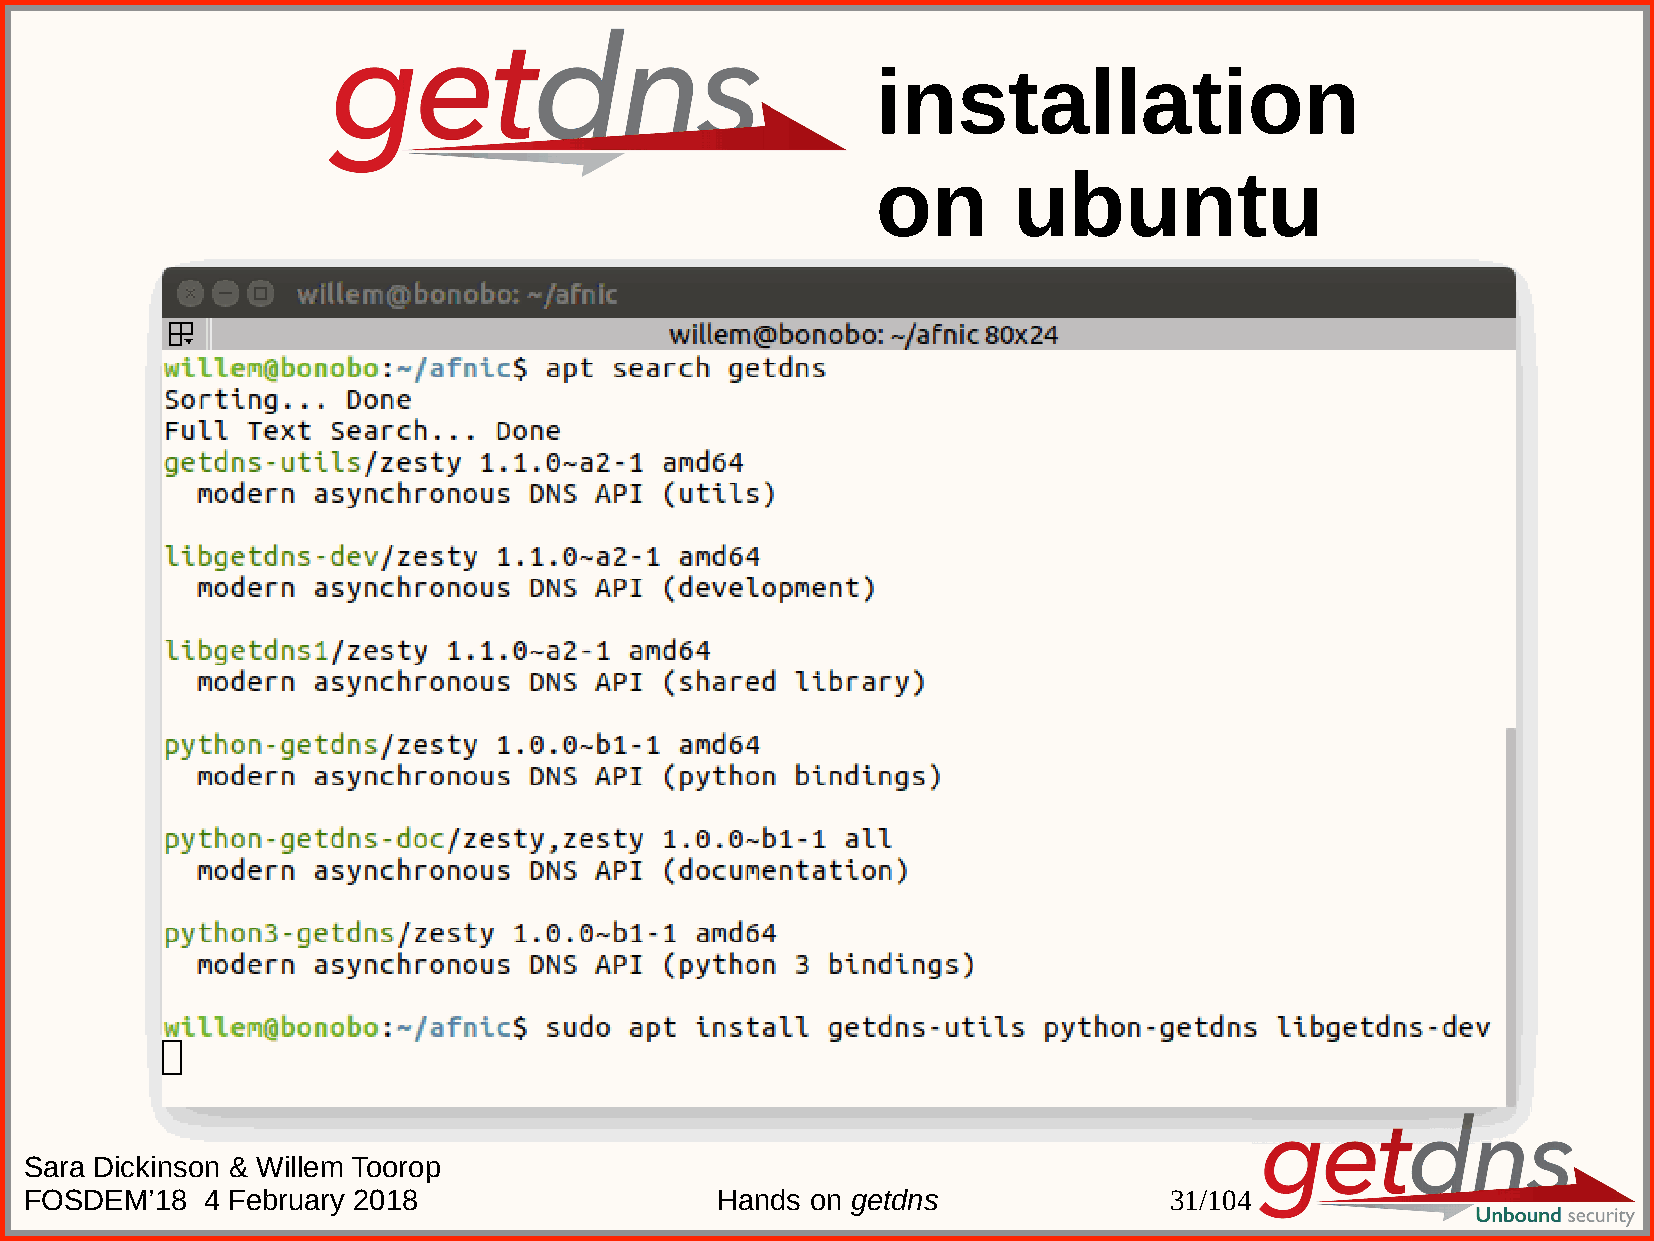
installation
 on       ubuntu
 Sara Dickinson & Willem Toorop
 FOSDEM’18  4 February 2018                   Hands  on getdns              31/104